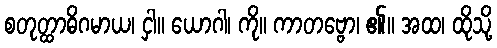
စတုတ္ထာဓိဂမာယ၊ ငှါ။ ယောဂါ၊ ကို။ ကာတဗ္ဗော၊ ၏။ အထ၊ ထိုသို့